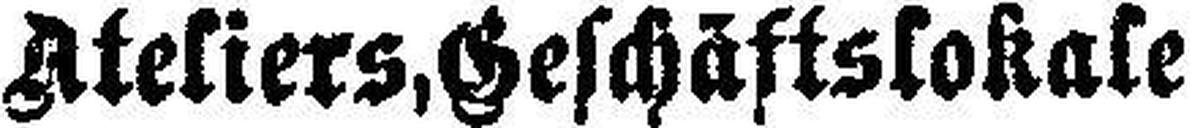
Ateliers, Geschäftslokale